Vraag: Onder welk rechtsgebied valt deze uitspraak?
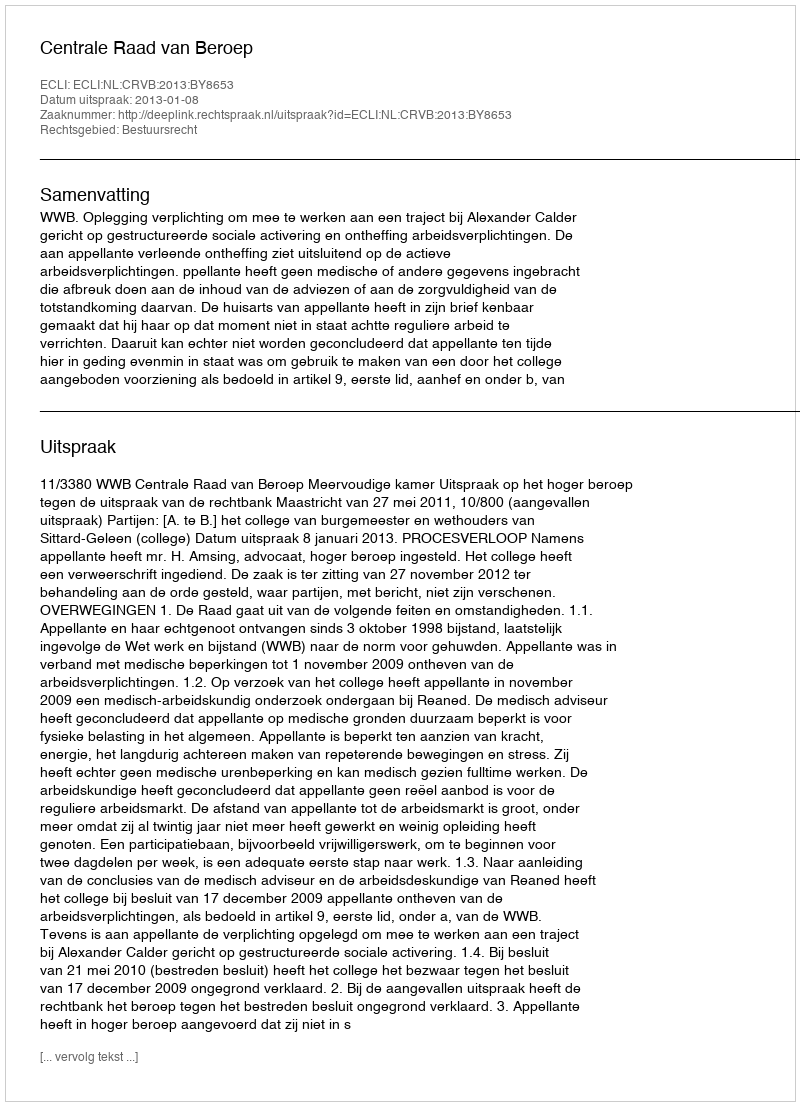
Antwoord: Bestuursrecht